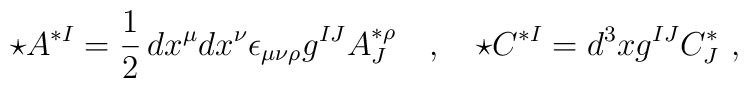
\star A^{*I}=\frac 12\, dx^\mu dx^\nu \epsilon_{\mu\nu\rho} g^{IJ} A^{*\rho}_J\quad,\quad\star C^{*I}= d^3x g^{IJ} C^*_J\ ,